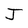
Character: J